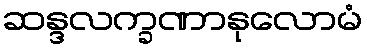
ဆန္ဒလက္ခဏာနုလောမံ